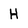
Character: H